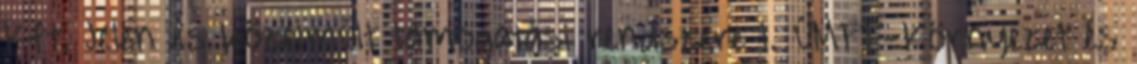
Kft. Jelen és közelmúlt támogatási rendszere 1. ÚMFT-Környezet és